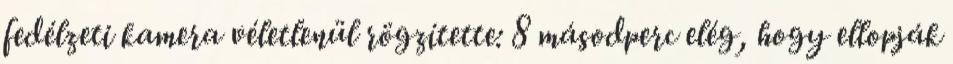
fedélzeti kamera véletlenül rögzítette: 8 másodperc elég, hogy ellopják